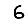
Digit: 6